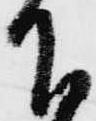
下